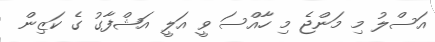
އަސްލު މި މަންޖެ މިި ހާއްސަ ވީ އަލީ އަޝްފާގު ގެ ކަޒިން